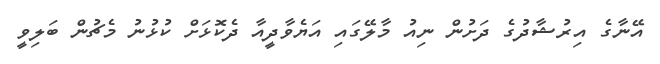
އޭނާގެ އިރުޝާދުގެ ދަށުން ނިއު މާލޭގައި އަޔެވާދީއާ ދެކޮޅަށް ކުޅުނު މެޗުން ބަލިވީ